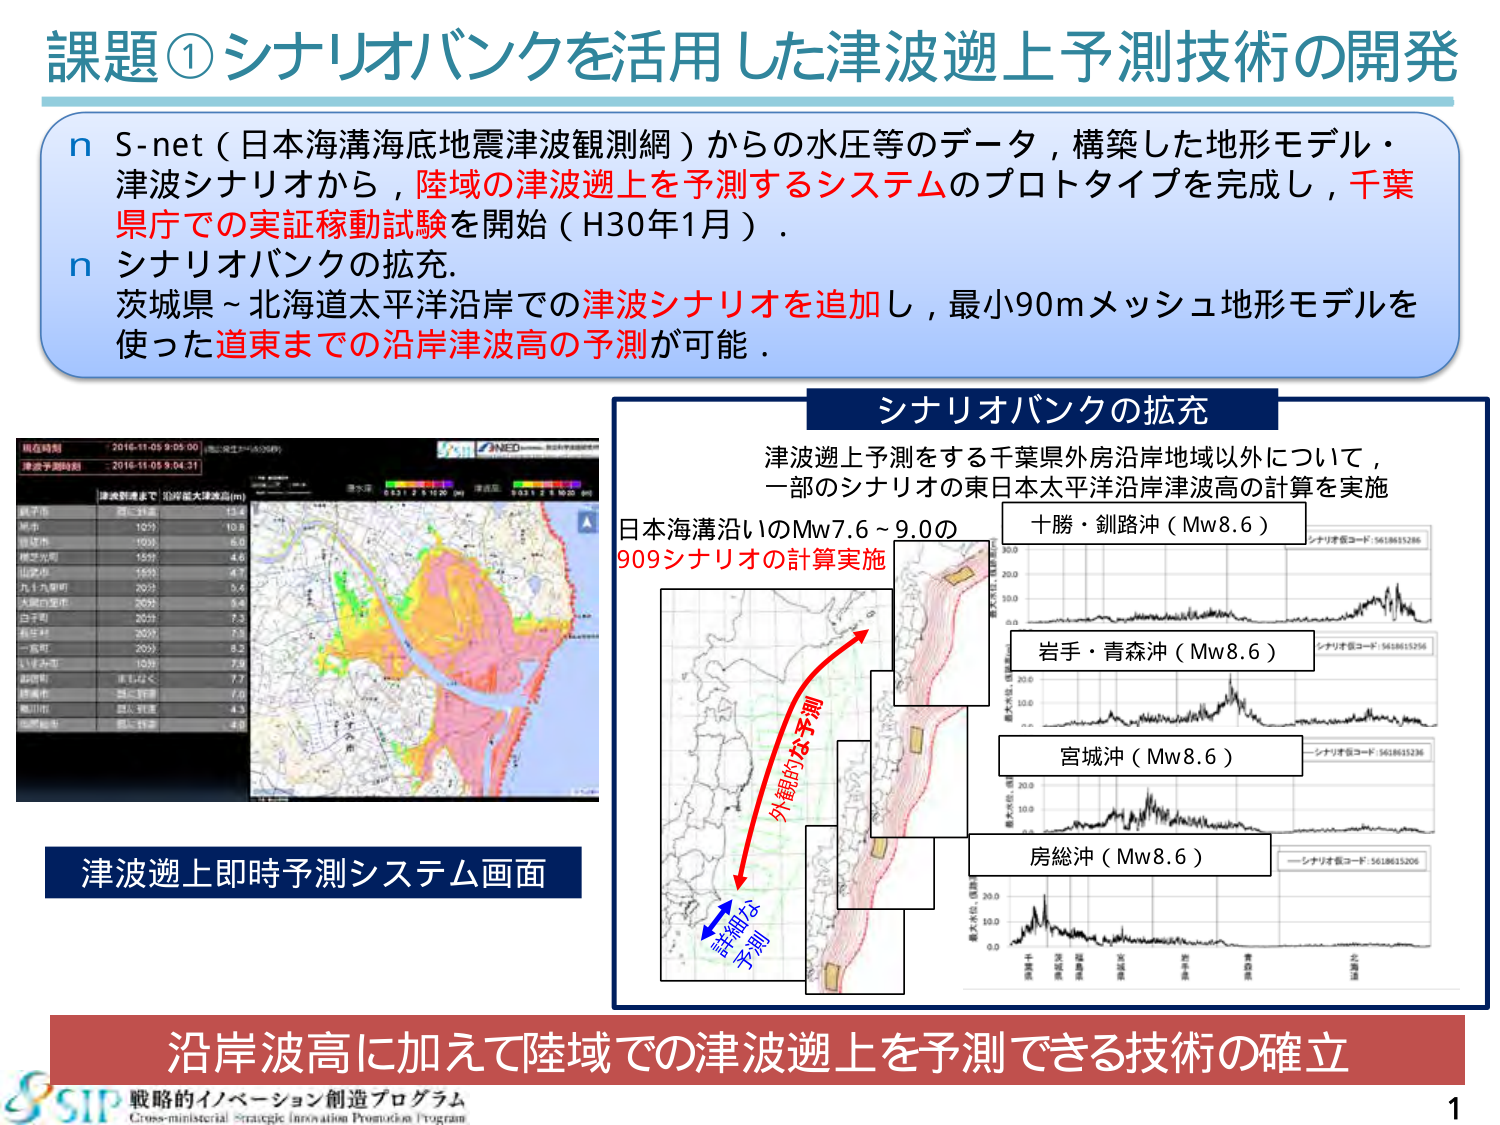
課題①シナリオバンクを活用した津波遡上予測技術の開発

n S-net（日本海溝海底地震津波観測網）からの水圧等のデータ，構築した地形モデル・津波シナリオから，陸域の津波遡上を予測するシステムのプロトタイプを完成し，千葉県庁での実証稼動試験を開始（H30年1月）．
n シナリオバンクの拡充．
茨城県～北海道太平洋沿岸での津波シナリオを追加し，最小90mメッシュ地形モデルを使った道東までの沿岸津波高の予測が可能．

津波遡上即時予測システム画面

現在時刻 2016-11-05 9:05:00
津波予測時刻 2016-11-05 9:04:37
NED
最大波高（m）
0.5 1 2 5 10 20 (m)
水深（m）
0.5 1 2 5 10 20 (m)
A

銚子市 12分 10.8
市川市 10分 6.0
横芝光町 15分 4.6
山武市 15分 4.6
九十九里町 20分 5.6
大網白里町 20分 8.4
白子町 20分 7.3
長生村 20分 7.5
一宮町 20分 8.2
いすみ市 10分 7.9
山武市 15分 4.6
勝浦市 20分 7.7
鴨川市 20分 7.0
南房総市 20分 4.5
東金市 20分 4.3

シナリオバンクの拡充

津波遡上予測をする千葉県外房沿岸地域以外について，
一部のシナリオの東日本太平洋沿岸津波高の計算を実施

日本海溝沿いのMw7.6～9.0の
909シナリオの計算実施

外観的な予測
詳細な予測

十勝・釧路沖（Mw8.6）
シナリオ番コード：5618615286

岩手・青森沖（Mw8.6）
シナリオ番コード：5618615296

宮城沖（Mw8.6）
シナリオ番コード：5618615236

房総沖（Mw8.6）
シナリオ番コード：5618615206

最大水位（m）
0.0
10.0
20.0

最大水位（m）
0.0
10.0
20.0

最大水位（m）
0.0
10.0
20.0

最大水位（m）
0.0
10.0
20.0

沿岸波高に加えて陸域での津波遡上を予測できる技術の確立

SIP 戦略的イノベーション創造プログラム
Cross-ministerial Strategic Innovation Promotion Program

1